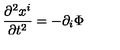
\frac { \partial ^ { 2 } x ^ { i } } { \partial t ^ { 2 } } = - \partial _ { i } \Phi